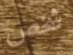
شخص